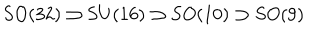
S O ( 3 2 ) \supset S U ( 1 6 ) \supset S O ( 1 0 ) \supset S O ( 9 )